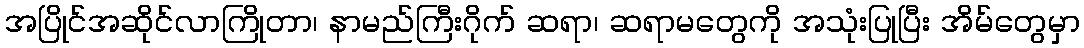
အပြိုင်အဆိုင်လာကြိုတာ၊ နာမည်ကြီးဂိုက် ဆရာ၊ ဆရာမတွေကို အသုံးပြုပြီး အိမ်တွေမှာ